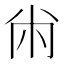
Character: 㡀